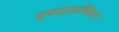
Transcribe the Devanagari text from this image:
एप्पलाचियन